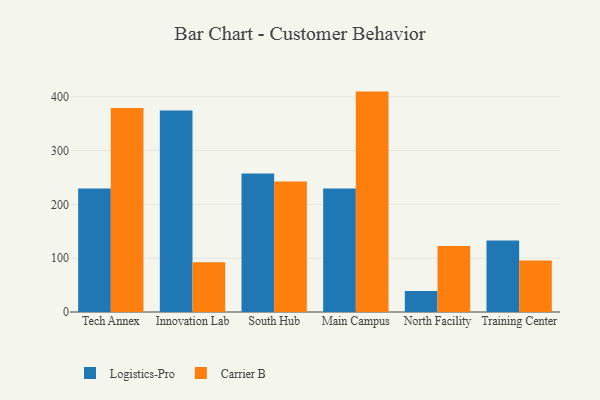
{"axis": {"x": "Campus", "y": "Net Income (USD K)"}, "legend": ["Carrier B", "Logistics-Pro"], "data": [{"x": "Tech Annex", "y": 229.5, "type": "Logistics-Pro"}, {"x": "Tech Annex", "y": 378.8, "type": "Carrier B"}, {"x": "Innovation Lab", "y": 374.4, "type": "Logistics-Pro"}, {"x": "Innovation Lab", "y": 92.3, "type": "Carrier B"}, {"x": "South Hub", "y": 257.1, "type": "Logistics-Pro"}, {"x": "South Hub", "y": 242.4, "type": "Carrier B"}, {"x": "Main Campus", "y": 229.3, "type": "Logistics-Pro"}, {"x": "Main Campus", "y": 409.4, "type": "Carrier B"}, {"x": "North Facility", "y": 39.1, "type": "Logistics-Pro"}, {"x": "North Facility", "y": 122.8, "type": "Carrier B"}, {"x": "Training Center", "y": 133.0, "type": "Logistics-Pro"}, {"x": "Training Center", "y": 95.5, "type": "Carrier B"}]}